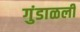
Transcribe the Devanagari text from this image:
गुंडाळली